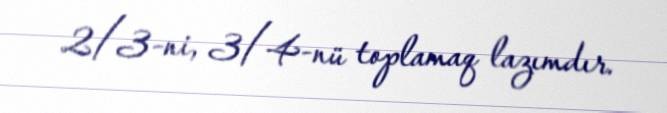
2/3-ni, 3/4-nü toplamaq lazımdır.